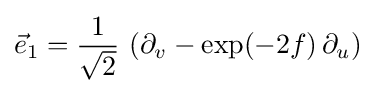
{\vec {e}}_{1}={\frac {1}{\sqrt {2}}}\,\left(\partial _{v}-\exp(-2f)\,\partial _{u}\right)